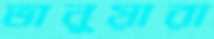
ভানুয়ারা